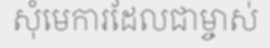
សុំមេការដែលជាម្ចាស់